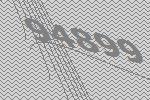
94899